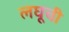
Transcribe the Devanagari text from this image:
लघूची